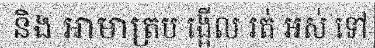
និង អាមាត្រប ង្អើល រត់ អស់ ទៅ